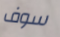
سوف